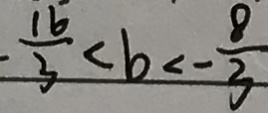
- \frac { 1 6 } { 3 } < b < - \frac { 8 } { 3 }